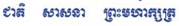
ជាតិ សាសនា ព្រះមហាក្សត្រ